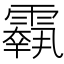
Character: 𩅱